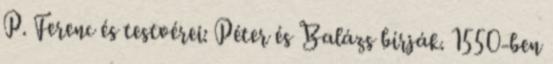
P. Ferenc és testvérei: Péter és Balázs bírják. 1550-ben